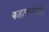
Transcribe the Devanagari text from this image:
कहाण्यांतील